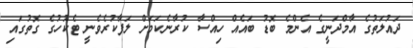
ދައުލަތުގެ އާމްދަނީގެ އެންމެ ބޮޑު ބައެއް ހިއްސާ ކުރާނެކަމަށް ލަފާކުރެވެނީ ޓެކުހުގެ ގޮތުގައި